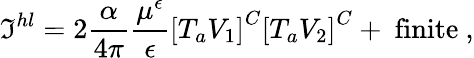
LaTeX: \mathfrak{I}^{hl}=2\frac{{\alpha}}{{4\pi}}\frac{{\mu^{\epsilon}}}{{\epsilon}}\left[T_{a}V_{1}\right]^{C}\left[T_{a}V_{2}\right]^{C}+\mathrm{{~finite~}},